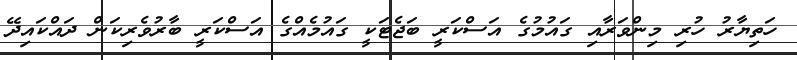
ހަތިޔާރު ހުރި މިންވަރާއި ގައުމުގެ އަސްކަރީ ބަޖެޓަކީ ގައުމެއްގެ އަސްކަރީ ބާރުވެރިކަން ދައްކައިދޭ